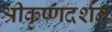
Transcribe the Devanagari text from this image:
श्रीकृष्णदर्शन